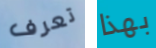
تعرف بهذا